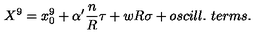
X ^ { 9 } = x _ { 0 } ^ { 9 } + \alpha ^ { \prime } { \frac { n } { R } } \tau + w R \sigma + o s c i l l . \ t e r m s .